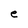
Character: e